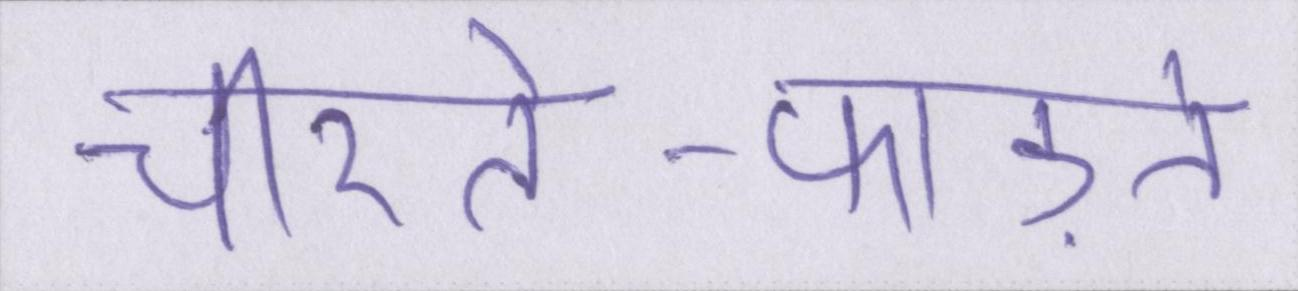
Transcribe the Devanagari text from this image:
चीरते-फाड़ते